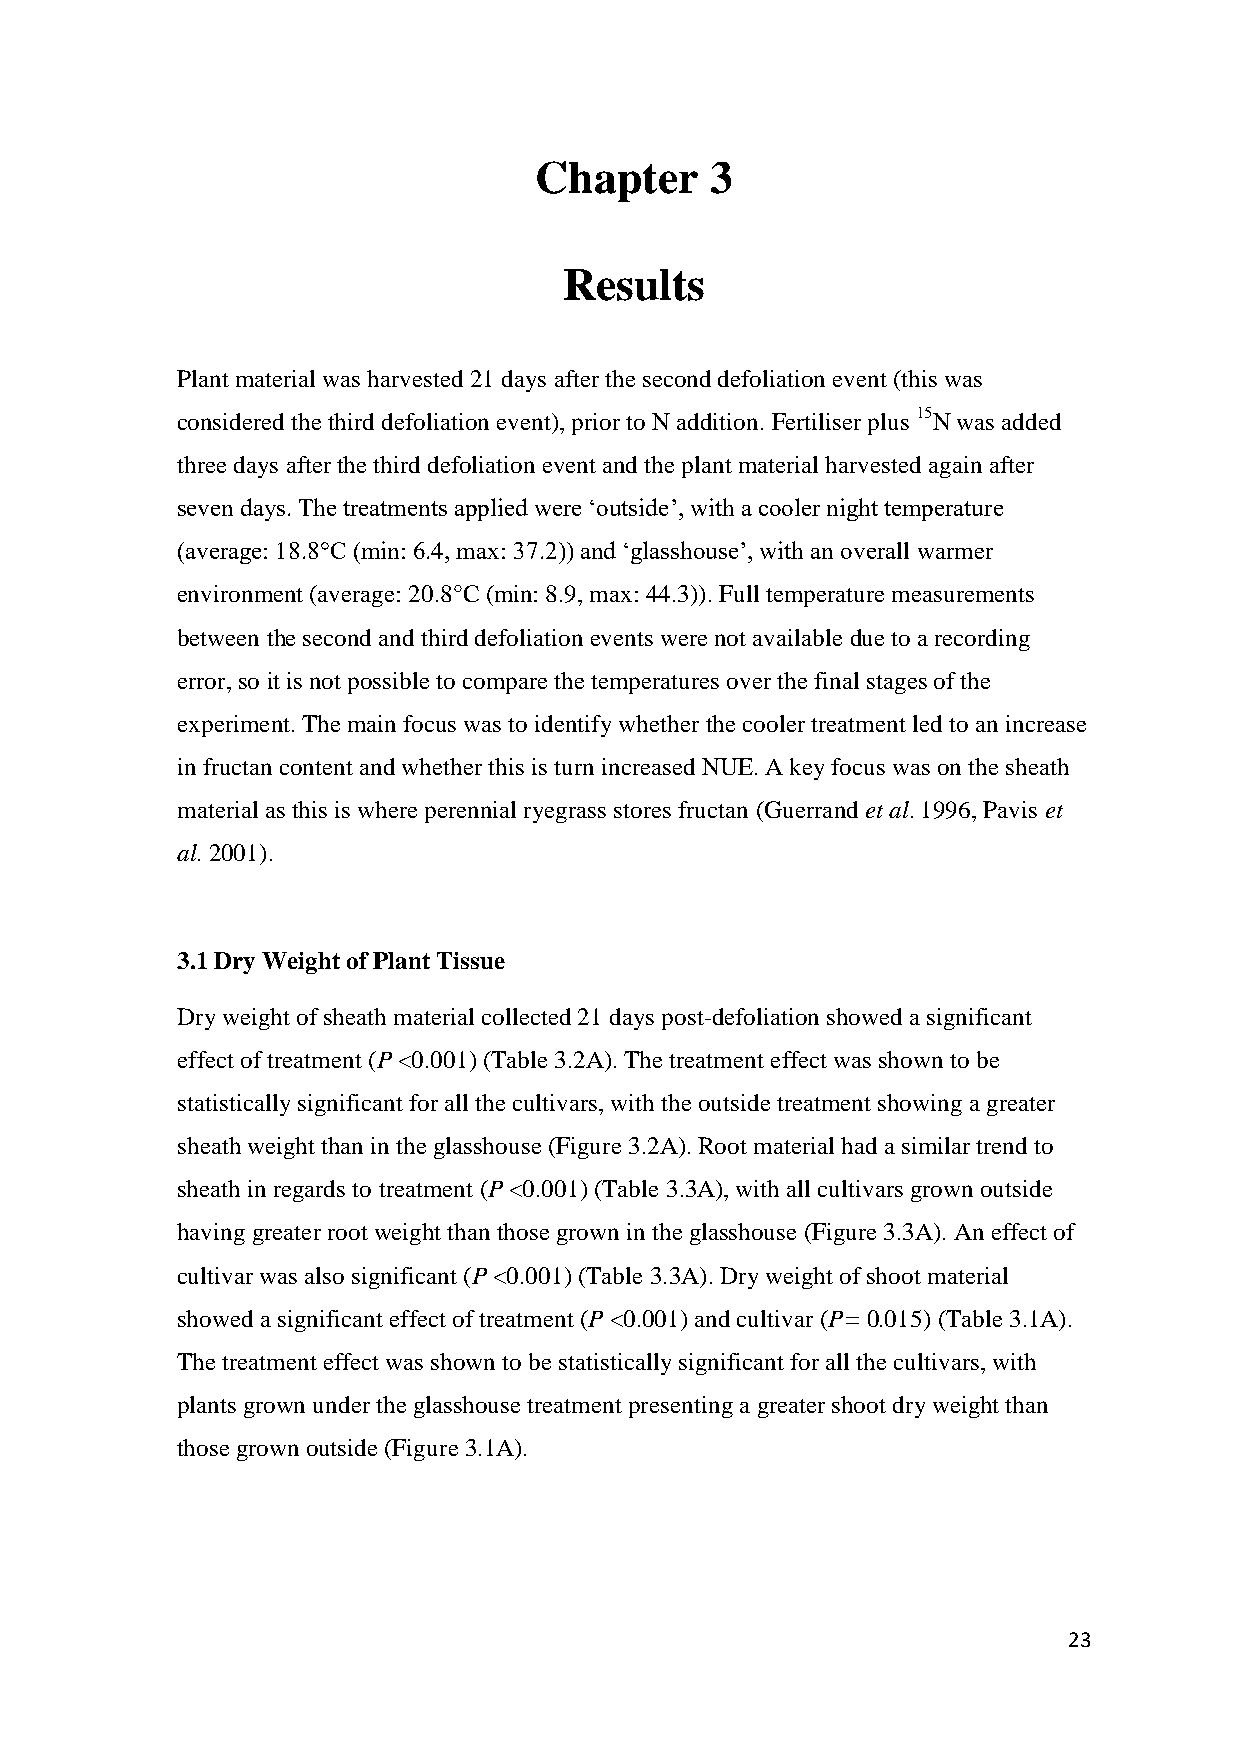
Chapter     3
 Results
 Plant material was harvested 21 days after the second defoliation event (this was
 considered the third defoliation event), prior to N addition. Fertiliser plus 15N was added
 three days after the third defoliation event and the plant material harvested again after
 seven days. The treatments applied were ‘outside’, with a cooler night temperature
 (average: 18.8°C (min: 6.4, max: 37.2)) and ‘glasshouse’, with an overall warmer
 environment (average: 20.8°C (min: 8.9, max: 44.3)). Full temperature measurements
 between the second and third defoliation events were not available due to a recording
 error, so it is not possible to compare the temperatures over the final stages of the
 experiment. The main focus was to identify whether the cooler treatment led to an increase
 in fructan content and whether this is turn increased NUE. A key focus was on the sheath
 material as this is where perennial ryegrass stores fructan (Guerrand et al. 1996, Pavis et
 al. 2001).
 3.1 Dry Weight of Plant Tissue
 Dry weight of sheath material collected 21 days post-defoliation showed a significant
 effect of treatment (P <0.001) (Table 3.2A). The treatment effect was shown to be
 statistically significant for all the cultivars, with the outside treatment showing a greater
 sheath weight than in the glasshouse (Figure 3.2A). Root material had a similar trend to
 sheath in regards to treatment (P <0.001) (Table 3.3A), with all cultivars grown outside
 having greater root weight than those grown in the glasshouse (Figure 3.3A). An effect of
 cultivar was also significant (P <0.001) (Table 3.3A). Dry weight of shoot material
 showed a significant effect of treatment (P <0.001) and cultivar (P= 0.015) (Table 3.1A).
 The treatment effect was shown to be statistically significant for all the cultivars, with
 plants grown under the glasshouse treatment presenting a greater shoot dry weight than
 those grown outside (Figure 3.1A).
 23